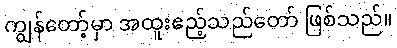
ကျွန်တော့်မှာ အထူးဧည့်သည်တော် ဖြစ်သည်။